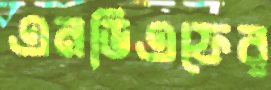
এনডিএফের